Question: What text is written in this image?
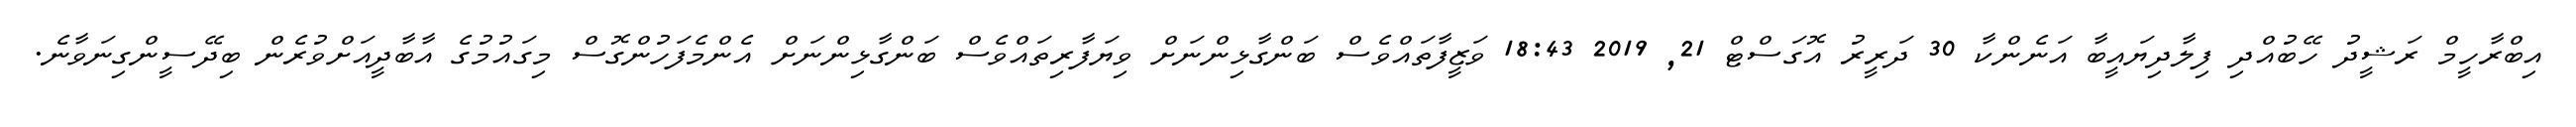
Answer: އިބްރާހީމް ރަޝީދު ހޭބުއްދި ފިލާދިޔައީބާ އަނެންކާ 30 ދަރީރު އޮގަސްޓް 21, 2019 18:43 ވަޒީފާތައްވެސް ބަންގާޅިންނަށް ވިޔަފާރިތައްވެސް ބަންގާޅިންނަށް އެންމެފަހުންގޮސް މިގައުމުގެ އާބާދީއަށްވުރެން ބިދޭސީންގިނަވާނެ.